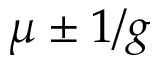
\mu \pm 1 / g